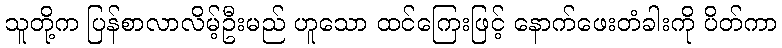
သူတို့က ပြန်စာလာလိမ့်ဦးမည် ဟူသော ထင်ကြေးဖြင့် နောက်ဖေးတံခါးကို ပိတ်ကာ